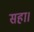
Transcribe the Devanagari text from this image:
सहा।